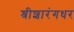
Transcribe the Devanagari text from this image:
श्रीशारंगधर